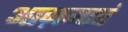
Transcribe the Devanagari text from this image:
आज़माएं